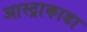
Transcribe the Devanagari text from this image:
आस्ट्राकाडा